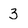
Character: 3